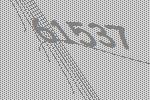
61537